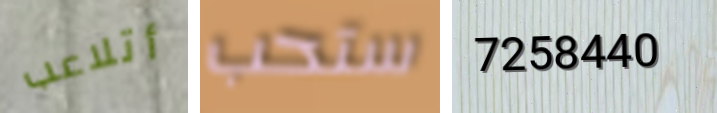
أتلاعب ستحب 7258440